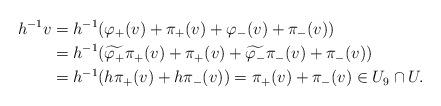
LaTeX: \begin{align*}h^{-1}v & =h^{-1}(\varphi_+(v)+\pi_+(v)+\varphi_-(v)+\pi_-(v)) \\& =h^{-1}(\widetilde{\varphi_+}\pi_+(v)+\pi_+(v)+\widetilde{\varphi_-}\pi_-(v)+\pi_-(v)) \\& =h^{-1}(h\pi_+(v)+h\pi_-(v))=\pi_+(v)+\pi_-(v) \in U_9\cap U.\end{align*}